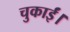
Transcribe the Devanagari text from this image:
चुकाईं।